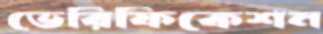
ভেরিফিকেশন